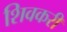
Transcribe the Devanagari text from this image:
शिवकरी